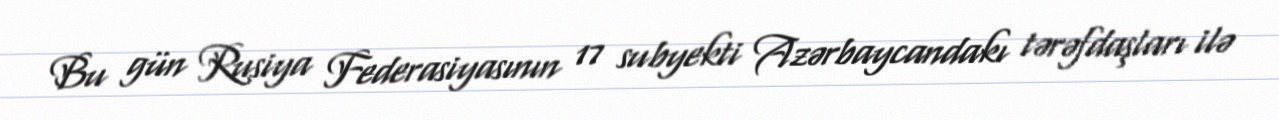
Bu gün Rusiya Federasiyasının 17 subyekti Azərbaycandakı tərəfdaşları ilə